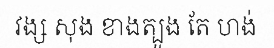
វង្ស សុង ខាងត្បូង តែ ហង់